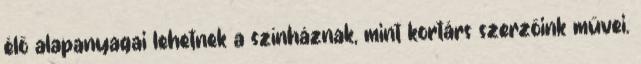
élő alapanyagai lehetnek a színháznak, mint kortárs szerzőink művei.